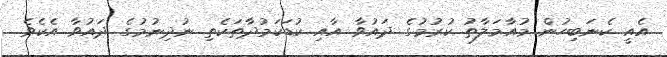
އެއީ ކެނަބިހުން މުއާމަލާތު ކުރުމުގެ ދައުވާ އާއި ކުޑަކަމުދާތަކެތި ނުދިނުމުގެ ދައުވާ އެކެވެ.